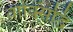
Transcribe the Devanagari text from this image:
वाक्सिद्धि